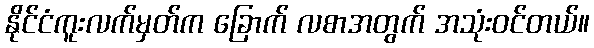
နိုင်ငံကူးလက်မှတ်က ခြောက် လစာအတွက် အသုံးဝင်တယ်။